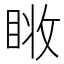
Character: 𰥧